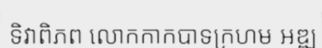
ទិវាពិភព លោកកាកបាទក្រហម អឌ្ឍ